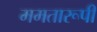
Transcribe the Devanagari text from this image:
ममतारूपी